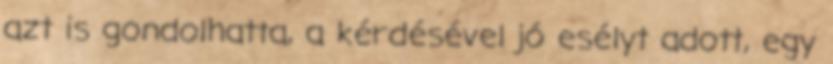
azt is gondolhatta, a kérdésével jó esélyt adott, egy